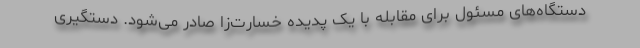
دستگاه‌های مسئول برای مقابله با یک پدیده خسارت‌زا صادر می‌شود. دستگیری